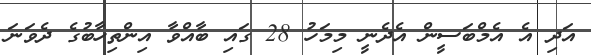
އަދި އެ އެމްބަސީން އެދެނީ މިމަހު 28 ގައި ބާއްވާ އިންތިހާބުގެ ދެވަނަ